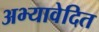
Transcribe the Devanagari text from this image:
अभ्यावेदित